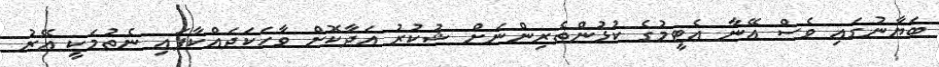
ބަޔާނުގައި ވެސް އޭނާ އެޓީމުގެ ކުޅުންތެރިންނަަށް ޝުކުރު އަދާކޮށް ވާހަކަދައްކާފައި ނެތުމަކީ އޭރު